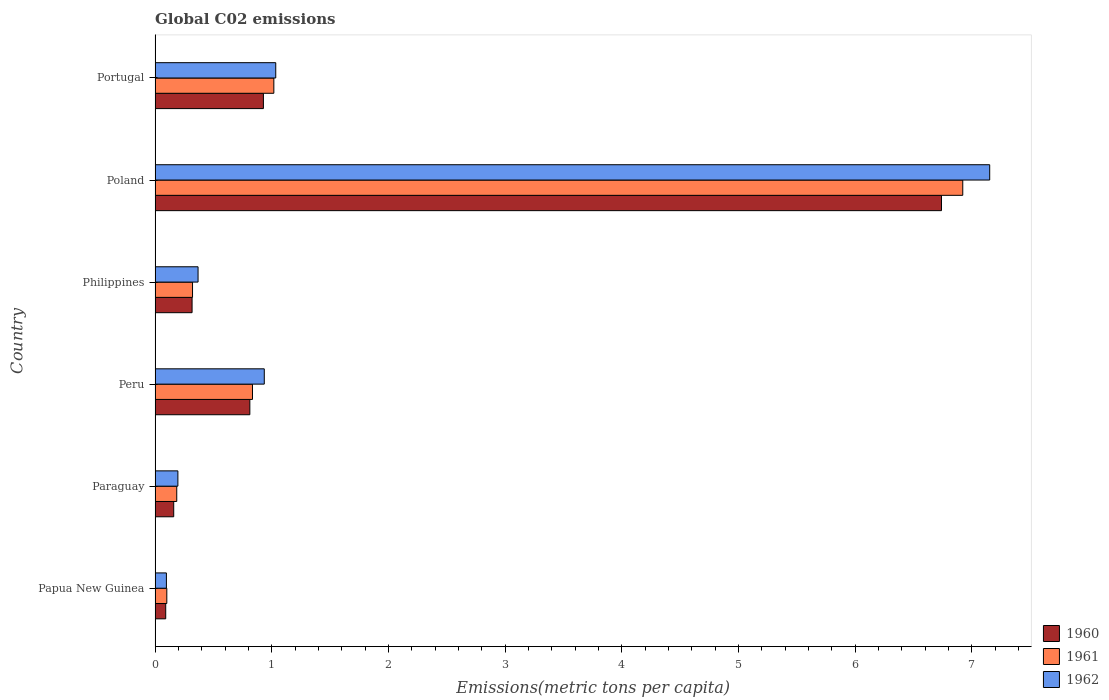
| Country | 1960 | 1961 | 1962 |
 | --- | --- | --- | --- |
 | Papua New Guinea | 0.0914 | 0.101 | 0.0972 |
 | Paraguay | 0.16 | 0.186 | 0.196 |
 | Peru | 0.812 | 0.835 | 0.936 |
 | Philippines | 0.317 | 0.321 | 0.369 |
 | Poland | 6.74 | 6.92 | 7.15 |
 | Portugal | 0.929 | 1.02 | 1.03 |